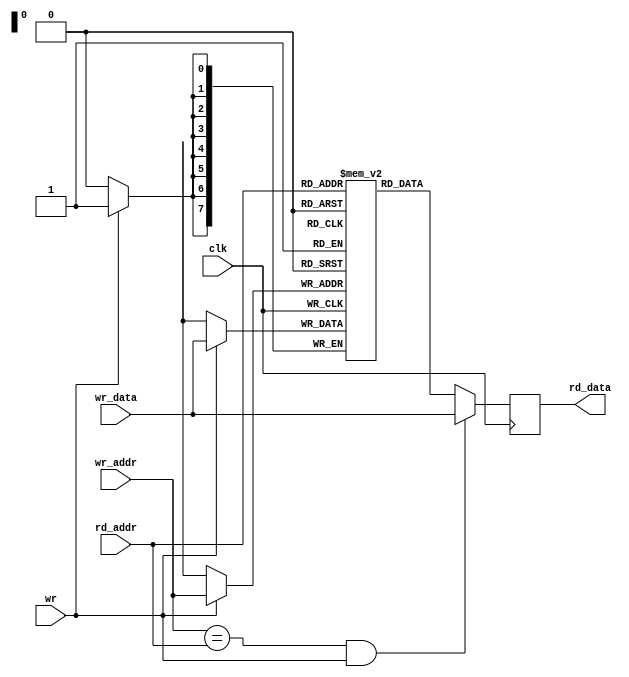
module oc8051_ram (clk, rd_addr, rd_data, wr_addr, wr_data, wr);
//
// this module is part of oc8051_ram_top
// it's tehnology dependent
//
// clk          (in)  clock
// rd_addr      (in)  read addres
// rd_data      (out) read data
// wr_addr      (in)  write addres
// wr_data      (in)  write data
// wr           (in)  write
//


input clk, wr;
input [7:0] rd_addr, wr_addr, wr_data;
output [7:0] rd_data;

reg [7:0] rd_data;
reg [8:0] count;

//
// buffer
reg [7:0] buff [255:0];


initial
begin

  for (count = 0; count < 256; count = count + 1)
  begin
    buff[count] <= 8'h00;
  end
end

//
// writing to ram
always @(posedge clk)
begin
  if (wr)
    buff[wr_addr] <= #1 wr_data;
end

//
// reading from ram
always @(posedge clk)
begin
  if ((wr_addr==rd_addr) & wr)
    rd_data <= #1 wr_data;
  else
    rd_data <= #1 buff[rd_addr];
end


endmodule